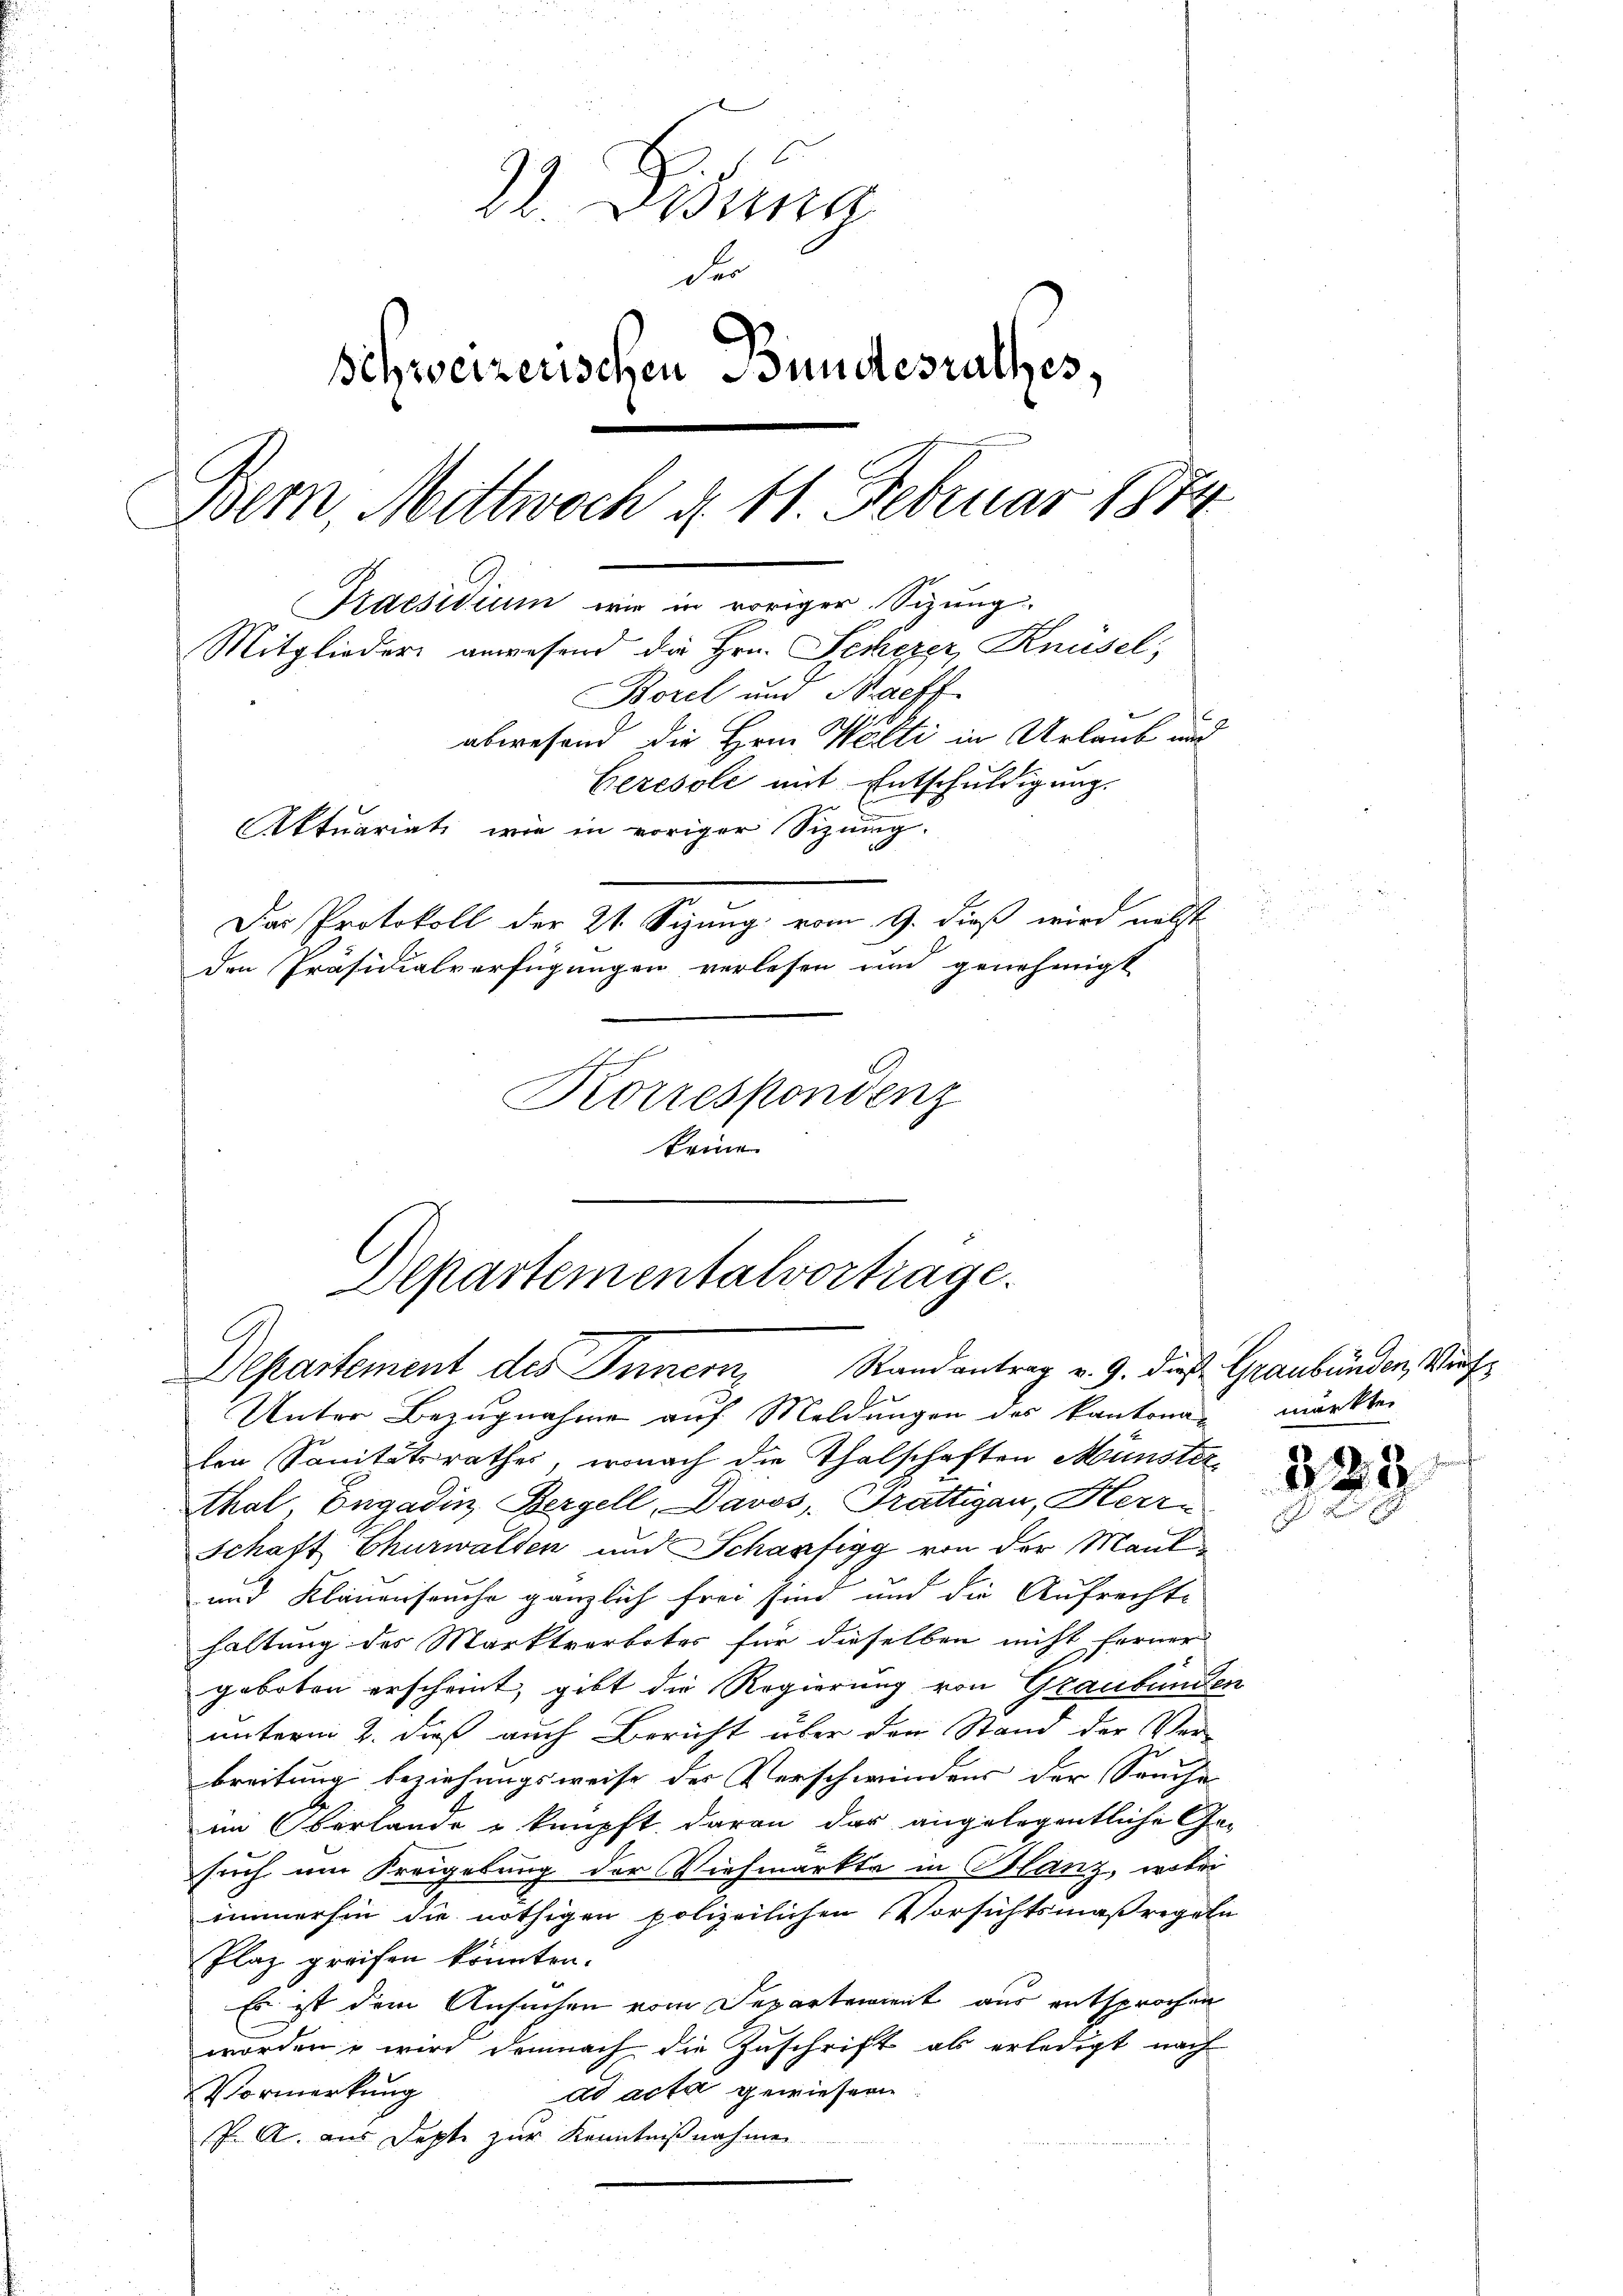
22. Disena
der
schweizerischen Bundesrathes,
Bern, Mittwoch d. 11. Februar 1874
Praesidium wir in voriger Sizung.
Mitglieder anwesend die Hrn. Scherer Knüsel,
Borel und Saeff
abwesend die Herrn Welti in Urlaub und
Ceresole mit Entschuldigung.
Aktuariats, wie in voriger Sizung.
Das Protokoll der 21. Sizung vom 9. dieß wird nebst
den Präsidialverfügungen verlesen und genehmigt
Korrespondenz

Departementalvortrage.
Departement des Innern, Randantrag v. 9. dies Graubünden Verf

keine

Unter Bezugnahme auf Meldungen des Kantonen merkten
ter Sanitätsrathes, wonach die Thalschaften Münster
Thal, Engadin Bergell, Davos, Trattigau, Herre
Schaft Churwalten und Scharfigg von der Maul
und Klauenseuche gänzlich frei sind und die Aufrechte
haltung des Marktverbotes für dieselben nicht ferner
geboten erscheint, gibt die Regierung von Graubünden
unterm 2. daß auch Bericht über den Stand der Ver-
breitung beziehungsweise der Verschwindens der Seuche
im Oberlande u knüpft, daran der angelegentliche Gesuch um Freigelung der Viehmarkte in Blanz, wobei
immerhin die nöthigen polizeilichen Vorsichtsmaßregeln
Plaz greifen könnten.
Es ist dem Ansuchen vom Separtement aus entsprochen
worden wird demnach die Zuschrift als erledigt nach
ad acta gewiesern
Vormerkung
P. A. aus Depte zur Kenntnißnahmen

t

223